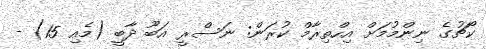
ކޯޗުގެ ނިންމުމަށް އިހްތިރާމް ކުރަން: ނަސްރީ އަބޫ ދާބީ (މެއި 15) -